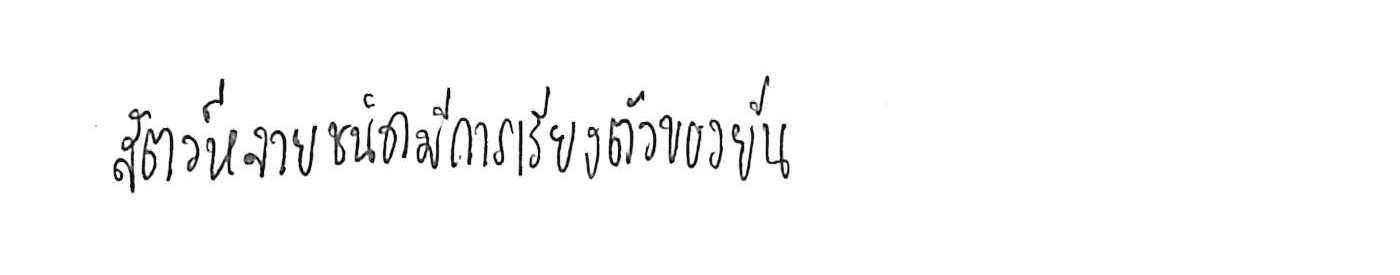
สัตว์หลายชนิดมีการเรียงตัวของยีน